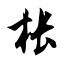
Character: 枨